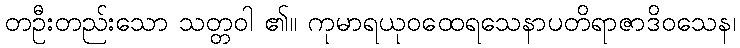
တဦးတည်းသော သတ္တဝါ ၏။ ကုမာရယုဝထေရသေနာပတိရာဇာဒိဝသေန၊